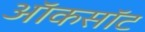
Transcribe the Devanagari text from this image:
ऑकसॉट